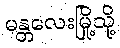
မန္တလေးမြို့သို့